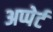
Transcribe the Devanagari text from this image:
अप्पेर्ट